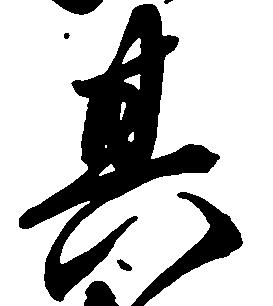
其